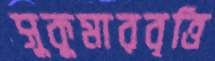
সুকুমারবৃত্তি